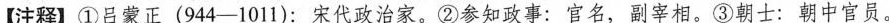
【注释】①吕蒙正(944-1011)：宋代政治家。②参知政事：官名，副宰相。③朝士：朝中官员。